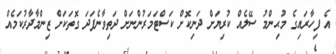
އެ ފިހާރައިގެ މުޙިންމު ސޭލެއް ކުރިޔަށް ދަނިކޮށް ކަސްޓަމަރުންނަށް ދަތިވާނެފަދަ ގޮތަކަށް ޒިންމާދާރުކަމެއް